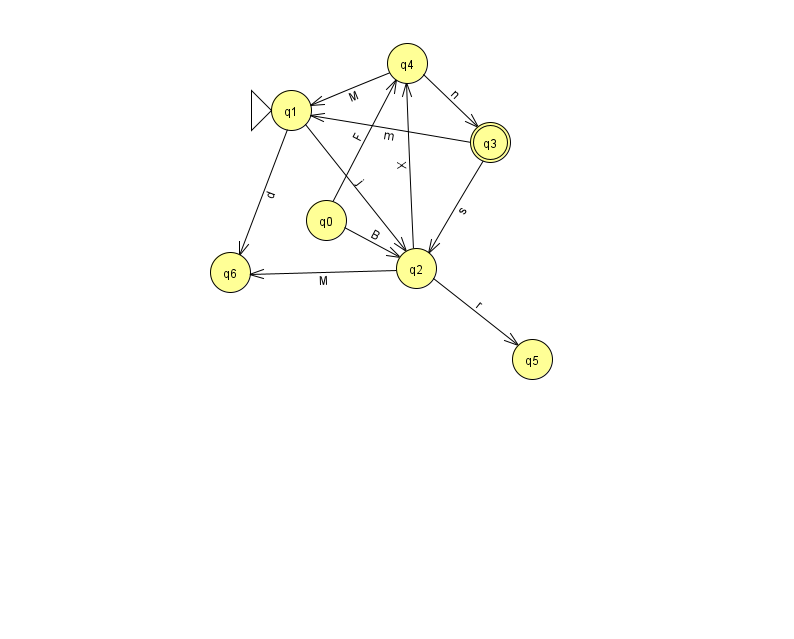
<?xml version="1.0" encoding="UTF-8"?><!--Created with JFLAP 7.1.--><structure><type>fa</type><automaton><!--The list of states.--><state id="0" name="q0"><x>326.0</x><y>207.0</y></state><state id="1" name="q1"><x>291.0</x><y>97.0</y><initial/></state><state id="2" name="q2"><x>416.0</x><y>255.0</y></state><state id="3" name="q3"><x>490.0</x><y>129.0</y><final/></state><state id="4" name="q4"><x>407.0</x><y>50.0</y></state><state id="5" name="q5"><x>532.0</x><y>346.0</y></state><state id="6" name="q6"><x>230.0</x><y>259.0</y></state><!--The list of transitions.--><transition><from>3</from><to>2</to><read>s</read></transition><transition><from>2</from><to>4</to><read>X</read></transition><transition><from>4</from><to>1</to><read>M</read></transition><transition><from>1</from><to>6</to><read>d</read></transition><transition><from>4</from><to>3</to><read>n</read></transition><transition><from>0</from><to>4</to><read>F</read></transition><transition><from>0</from><to>2</to><read>B</read></transition><transition><from>3</from><to>1</to><read>m</read></transition><transition><from>2</from><to>6</to><read>M</read></transition><transition><from>1</from><to>2</to><read>j</read></transition><transition><from>2</from><to>5</to><read>r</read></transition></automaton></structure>